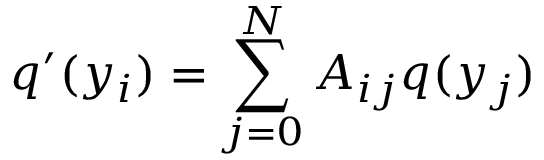
q ^ { \prime } ( y _ { i } ) = \sum _ { j = 0 } ^ { N } A _ { i j } q ( y _ { j } )